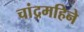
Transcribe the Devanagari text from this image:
चांद्रमहिने